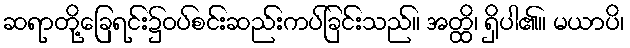
ဆရာတို့ခြေရင်း၌ဝပ်စင်းဆည်းကပ်ခြင်းသည်။ အတ္ထိ၊ ရှိပါ၏။ မယာပိ၊